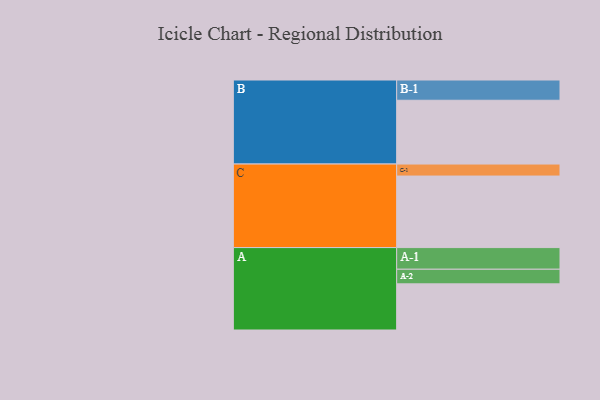
{"axis": {"x": "Segment", "y": "Value"}, "legend": ["", "A", "B", "C"], "data": [{"x": "A", "y": 369, "type": ""}, {"x": "B", "y": 510, "type": ""}, {"x": "C", "y": 572, "type": ""}, {"x": "A-1", "y": 173, "type": "A"}, {"x": "A-2", "y": 117, "type": "A"}, {"x": "B-1", "y": 162, "type": "B"}, {"x": "C-1", "y": 96, "type": "C"}]}